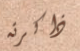
ذاكرته